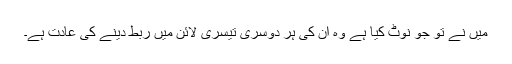
میں نے تو جو نوٹ کیا ہے وہ ان کی ہر دوسری تیسری لائن میں ربط دینے کی عادت ہے۔